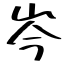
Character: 岑